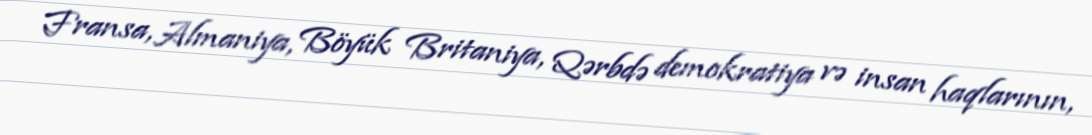
Fransa, Almaniya, Böyük Britaniya, Qərbdə demokratiya və insan haqlarının,